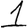
Digit: 1